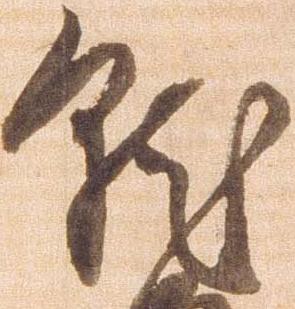
就